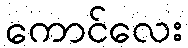
ကောင်လေး